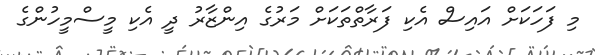
މި ފަހަކަށް އައިސް އެކި ފަރާތްތަކަށް މަރުގެ އިންޒާރު ދީ އެކި މީސްމީހުންގެ